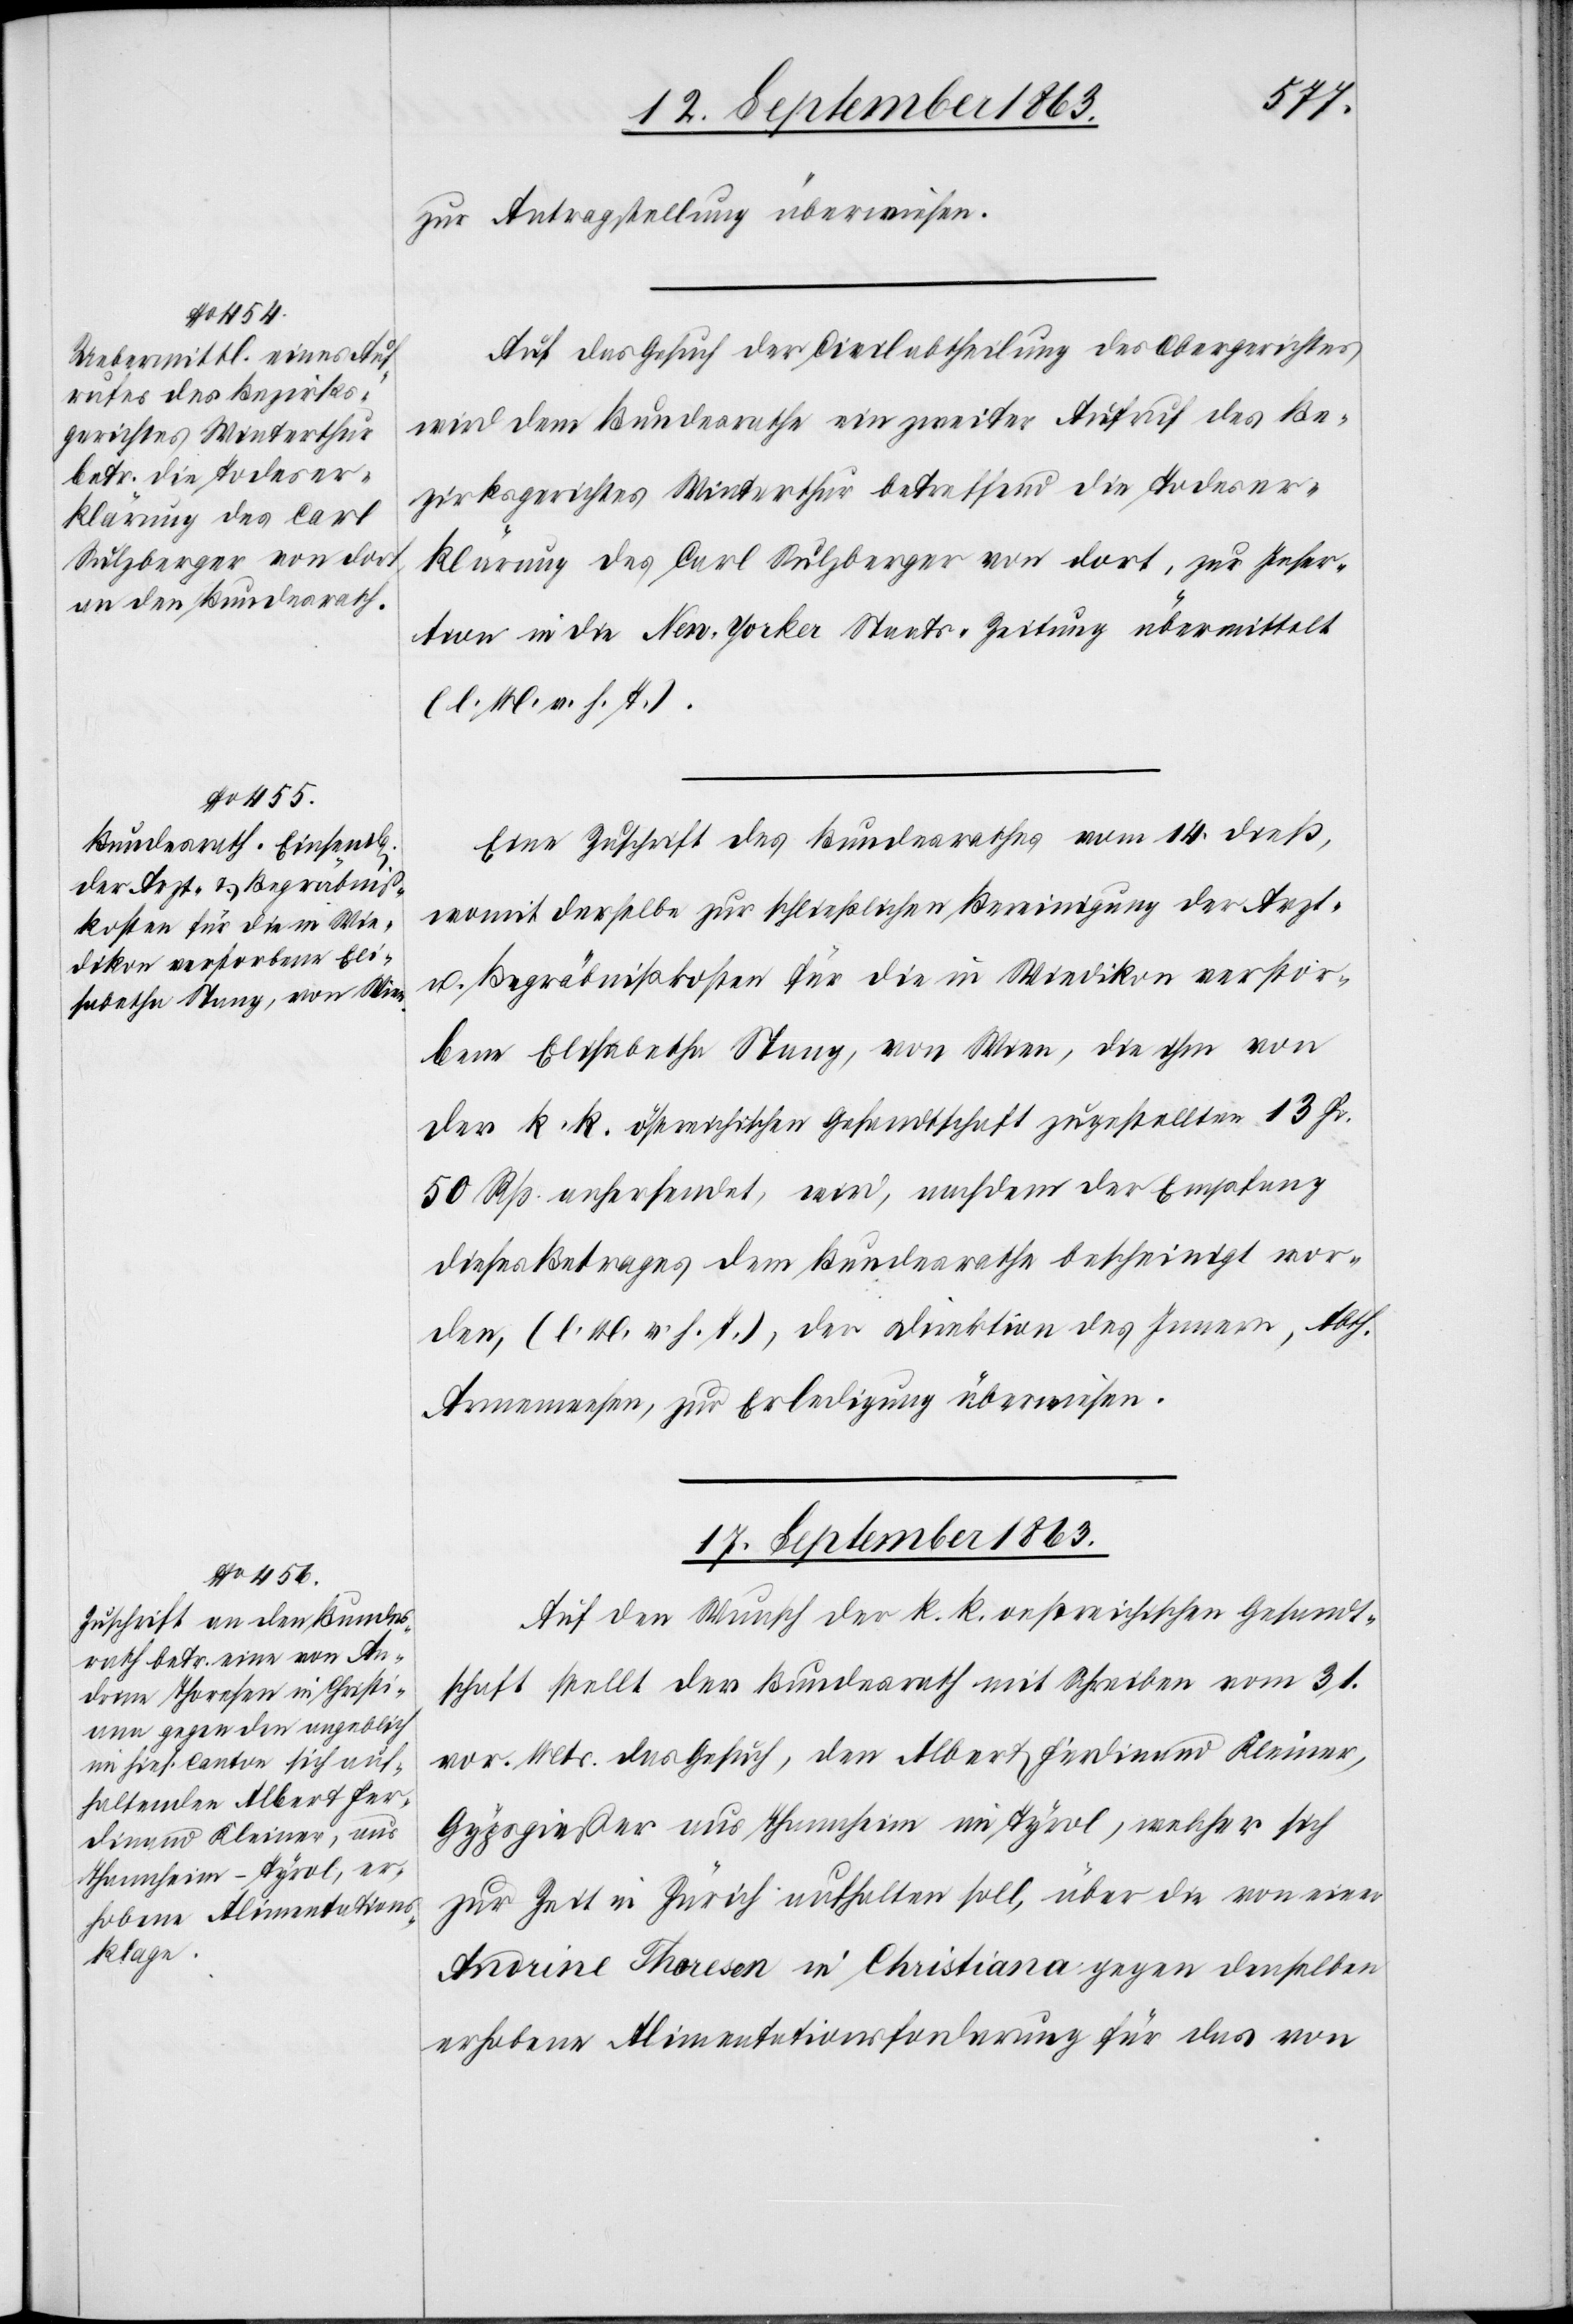
16. September 1863.]
zur Antragstellung überwiesen.
Auf das Gesuch der Civilabtheilung des Obergerichtes
wird dem Bundesrathe ein zweiter Aufruf des Be¬
zirksgerichtes Winterthur betreffend die Todeser¬
klärung des Carl Sulzberger von dort, zur Inser¬
tion in die New-Yorker Staats-Zeitung übermittelt
(l. M. v. h. T.).
Eine Zuschrift des Bundesrathes vom 14. dieß,
womit derselbe zur schließlichen Bereinigung der Arzt-
u. Begräbnißkosten für die in Wiedikon verstor¬
bene Elisabetha Stang, von Wien, die ihm von
der k. k. östreichischen Gesandtschaft zugestellten 13 Fr.
50 Rp. anhersendet, wird, nachdem der Empfang
dieses Betrages dem Bundesrathe bescheinigt wor¬
den, (l. M. v. h. T.), der Direktion des Innern, Abth.
Armenwesen, zur Erledigung überwiesen.
17. September 1863.
Auf den Wunsch der k. k. oestreichischen Gesandt¬
schaft stellt der Bundesrath mit Schreiben vom 31.
vor. Mts. das Gesuch, den Albert Ferdinand Kleiner,
Gypsgießer aus Thannheim im Tyrol, welcher sich
zur Zeit in Zürich aufhalten soll, über die von einer
Andrine Thoresen in Christiana gegen denselben
erhobene Alimentationsforderung für das von